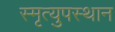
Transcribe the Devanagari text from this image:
स्मृत्युपस्थान